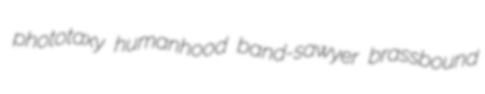
phototaxy humanhood band-sawyer brassbound